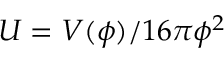
U = V ( \phi ) / 1 6 \pi \phi ^ { 2 }